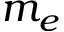
m _ { e }